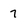
Character: 7